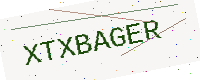
Text: XTXBAGER